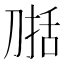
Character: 𰄷